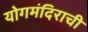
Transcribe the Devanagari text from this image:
योगमंदिराची